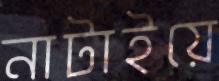
নাটাইয়ে